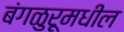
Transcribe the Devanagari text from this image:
बंगळुरूमधील